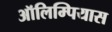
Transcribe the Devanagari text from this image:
ऑलिम्पियास